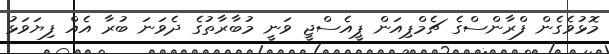
މޮޅުވެގެން ފްރާންސްގެ ޗެމްޕިއަން ޕީއެސްޖީ ވަނީ މުބާރާތުގެ ދެވަނަ ބުރާ އެއް ފިޔަވަޅު